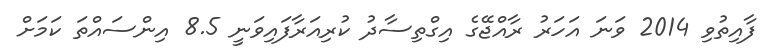
ފާއިތުވި 2014 ވަނަ އަހަރު ރާއްޖޭގެ އިގްތިސާދު ކުރިއަރާފައިވަނީ 8.5 އިންސައްތަ ކަމަށް